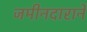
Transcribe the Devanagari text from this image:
जमीनदाराने